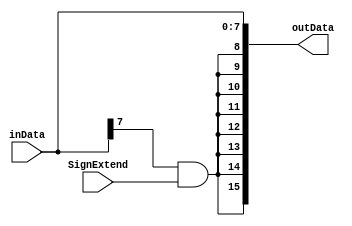
`timescale 1ns / 1ps
//////////////////////////////////////////////////////////////////////////////////
// Company: 
// Engineer: 
// 
// Design Name: 
// Module Name:    SignExtender 
// Project Name: 
// Target Devices: 
// Tool versions: 
// Description: 
//
// Dependencies: 
//
// Revision: 
// Revision 0.01 - File Created
// Additional Comments: 
//
//////////////////////////////////////////////////////////////////////////////////
module SignExtender(
    input [7:0] inData,
	 input SignExtend,
    output [15:0] outData
    );

	assign outData = { {8{inData[7] & SignExtend}} , inData };

endmodule